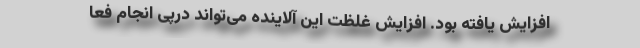
افزایش یافته بود. افزایش غلظت این آلاینده می‌تواند درپی انجام فعا